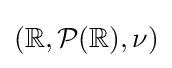
(\mathbb {R} ,{\mathcal {P}}(\mathbb {R} ),\nu )